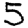
Digit: 5